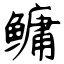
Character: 鳙